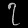
Digit: ၇